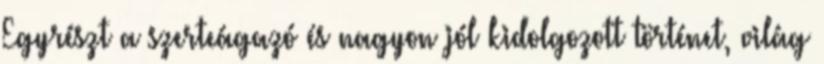
Egyrészt a szerteágazó és nagyon jól kidolgozott történet, világ